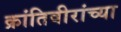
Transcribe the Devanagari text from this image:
क्रांतिवीरांच्या